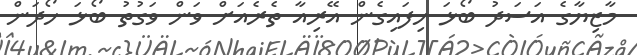
މާޒިޔާގެ އަސަދު ބޯޅަ ހިފައިގެން އޭރިއާ ތެރެއަށް ވަން ވަގުތު ބޯޅަ ހޯދަން